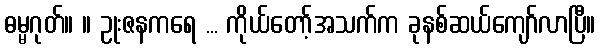
ဓမ္မဂုတ်။ ။ ဥုးဇနကရေ ... ကိုယ်တော့်အသက်က ခုနစ်ဆယ်ကျော်လာပြီ။